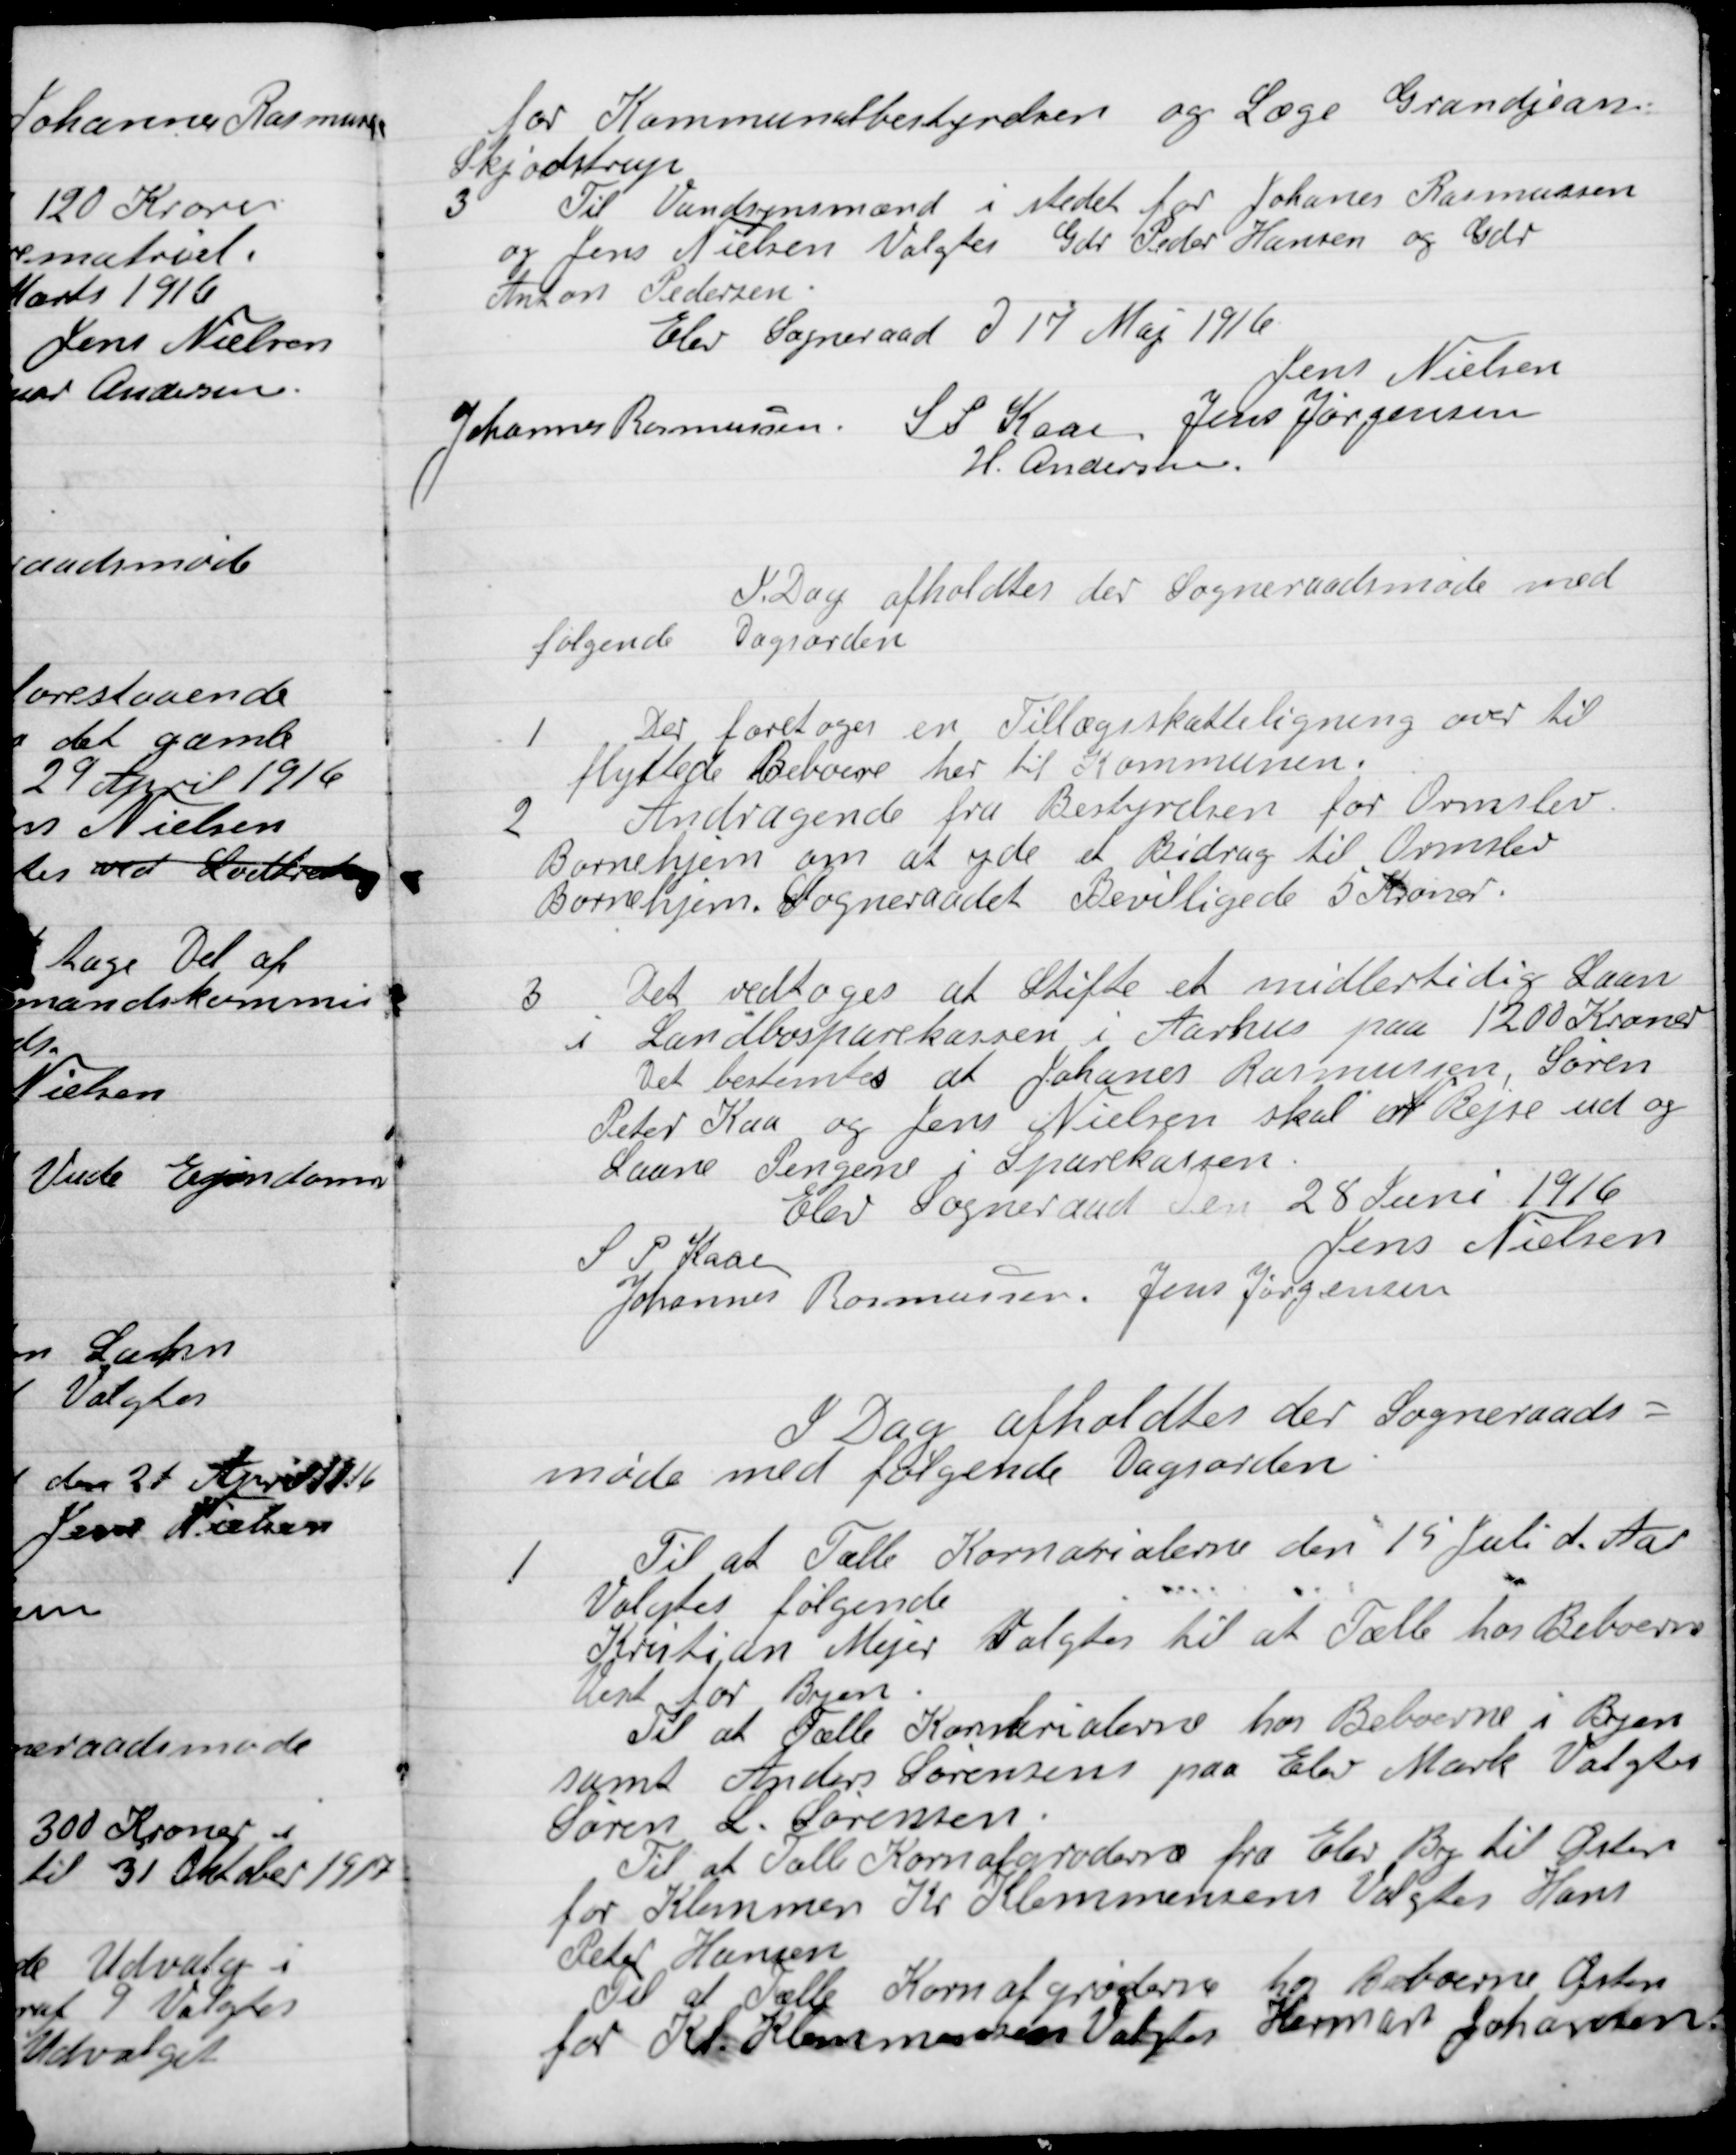
Transskription:
for Kommunalbestyrelsen og Læge Grandjean
Skjødstrup.

3

Til Vandsynsmænd i stedet for Johanes Rasmussen
og Jens Nielsen Valgtes Gdr. Peder Hansen og Gdr.
Anton Pedersen.

Elev Sogneraad D. 17 Maj 1916

Jens Nielsen
Johannes Rasmussen
S. P. Kaae
Jens Jørgensen
H. Andersen

I Dag afholdes der Sogneraadsmøde med
Følgende Dagsorden:

1

Der foretoges en Tillægsskatteligning over til-
flyttede Beboere her til Kommunen.

2

Andragende fra Bestyrelsen for Omslev
Børnehjem om at yde et Bidrag til Omslev
Børnehjem. Sogneraadet Bevilligede 5 Kroner.

3

Det vedtoges at Stifte et midlertidig Laan
I Landbosparekassen i Aarhus paa 1200 Kroner
Det bestemtes at Johanes Rasmussen, Søren
Peter Kaa og Jens Nielsen skal er Rejse ud og
Laane Pengene i Sparekassen.

Elev Sogneraad den 28 Juni 1916

S.P. Kaae
Jens Nielsen
Johannes Rasmussen
Jens Jørgensen

I Dag afholdtes der Sogneraads-
møde med følgende Dagsorden.

1

Til at Tælle Kornarealerne den 15 Juli d. Aar
Valgtes følgende:
Kristian Mejer Valgtes til at Tælle hos Beboerne
Vest for Byen.
Til at Tælle Kornarealerne hos Beboerne i Byen
samt Anders Sørensen paa Elev Mark Valgtes
Søren L. Sørensen
Til at Tælle Kornarealerne fra Elev By til Øster
For Klemmen Kr. Klemmensen Valgtes Hans
Peter Hansen
Til at Tælle Korn afgrøden hos Beboerne Øster
for Kr. Klemmensen Valgtes Herman Johannsen.